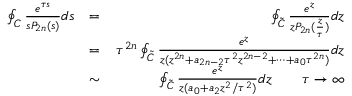
\begin{array} { r l r } { \oint _ { \cal C } \frac { e ^ { \tau s } } { s P _ { 2 n } ( s ) } d s } & { = } & { \oint _ { \cal \tilde { C } } \frac { e ^ { z } } { z P _ { 2 n } ( \frac { z } { \tau } ) } d z } \\ & { = } & { \tau ^ { 2 n } \oint _ { \cal \tilde { C } } \frac { e ^ { z } } { z ( z ^ { 2 n } + a _ { 2 n - 2 } \tau ^ { 2 } z ^ { 2 n - 2 } + \cdots + a _ { 0 } \tau ^ { 2 n } ) } d z } \\ & { \sim } & { \oint _ { \cal \tilde { C } } \frac { e ^ { z } } { z ( a _ { 0 } + a _ { 2 } z ^ { 2 } / \tau ^ { 2 } ) } d z \qquad \tau \rightarrow \infty } \end{array}